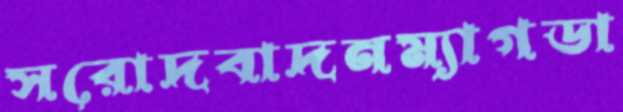
সরোদবাদনম্যাগডা